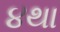
૪થા